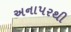
અનાપરથી